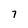
Character: 7